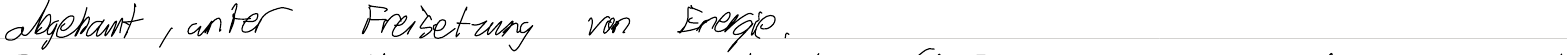
abgebaut, unter Freisetzung von Energie.